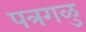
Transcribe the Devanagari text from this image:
पत्रगळु